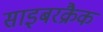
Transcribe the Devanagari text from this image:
साइबरक्रैक